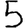
Digit: 5